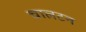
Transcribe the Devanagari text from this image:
चालटन